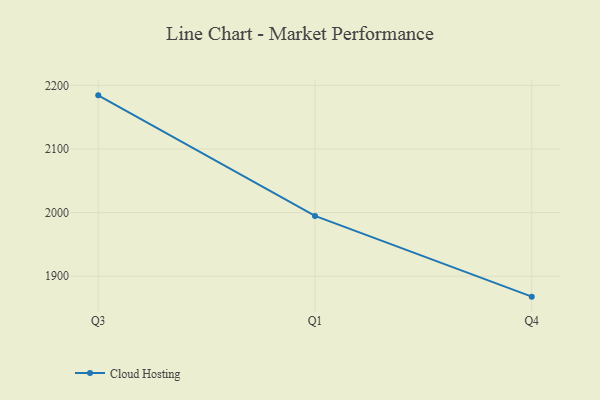
{"axis": {"x": "Quarter", "y": "Budget (USD K)"}, "legend": ["Cloud Hosting"], "data": [{"x": "Q3", "y": 2184.3, "type": "Cloud Hosting"}, {"x": "Q1", "y": 1994.8, "type": "Cloud Hosting"}, {"x": "Q4", "y": 1867.9, "type": "Cloud Hosting"}]}